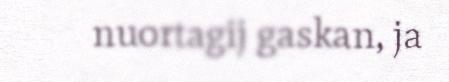
nuortagij gaskan, ja